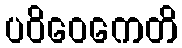
ပဝိဝေကေတိ